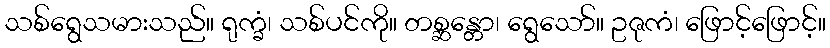
သစ်ရွေသမားသည်။ ရုက္ခံ၊ သစ်ပင်ကို။ တစ္ဆန္တော၊ ရွေသော်။ ဥဇုကံ၊ ဖြောင့်ဖြောင့်။